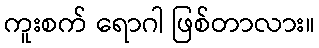
ကူးစက် ရောဂါ ဖြစ်တာလား။